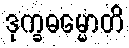
ဒုက္ခဓမ္မောတိ